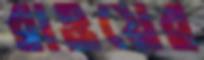
রাওয়ের